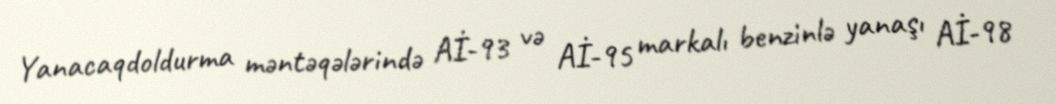
Yanacaqdoldurma məntəqələrində Aİ-93 və Aİ-95 markalı benzinlə yanaşı Aİ-98